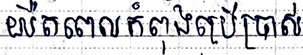
យឺតពេលកំពុងប្រើប្រាស់